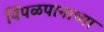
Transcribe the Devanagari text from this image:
पिंपळपानाच्या